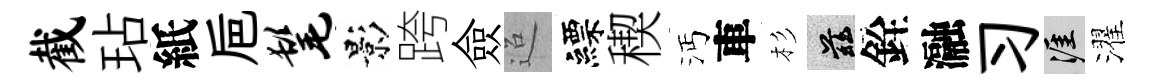
截玷紙巵髦影跨僉迢縹稧沔車杉兹銓瀜习涯濯